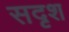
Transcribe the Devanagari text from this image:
सदृश